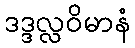
ဒဒ္ဒလ္လဝိမာနံ